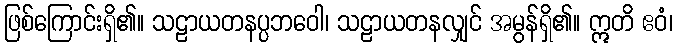
ဖြစ်ကြောင်းရှိ၏။ သဠာယတနပ္ပဘဝေါ၊ သဠာယတနလျှင် အမွန်ရှိ၏။ ဣတိ ဧဝံ၊